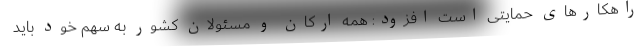
راهکارهای حمایتی است افزود: همه ارکان و مسئولان کشور به سهم خود باید